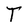
Character: T